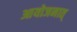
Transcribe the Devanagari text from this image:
आयोजनात्